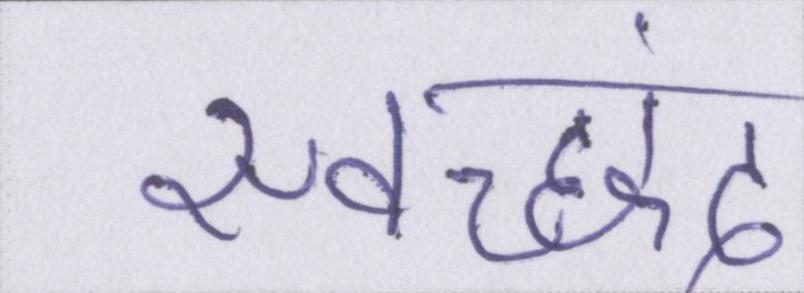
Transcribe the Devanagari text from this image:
स्वच्छंद